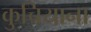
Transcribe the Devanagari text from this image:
कुचियाना